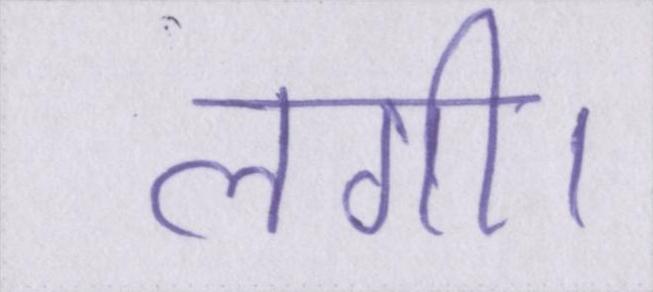
लगी।